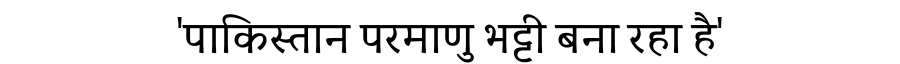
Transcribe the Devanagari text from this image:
'पाकिस्तान परमाणु भट्टी बना रहा है'